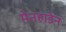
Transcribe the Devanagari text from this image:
मेनहाडेन